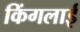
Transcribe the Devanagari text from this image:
किंगलाई